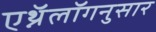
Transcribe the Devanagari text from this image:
एथ्नॅलॉगनुसार